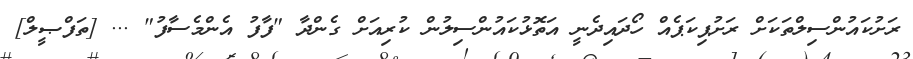
ރަށުކައުންސިލްތަކަށް ރަށުޕިކަޕެއް ހޯދައިދެނީ އަތޮޅުކައުންސިލުން ކުރިއަށް ގެންދާ "ފާފު އެންމެސާފު" ... [ތަފްޞީލް]